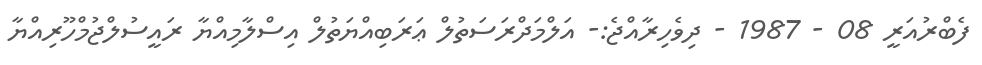
ފެބްރުއަރީ 08 - 1987 - ދިވެހިރާއްޖެ:- އަލްމަދްރަސަތުލް ޢަރަބިއްޔަތުލް އިސްލާމިއްޔާ ރައީސުލްޖުމްހޫރިއްޔާ